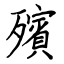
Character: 殯